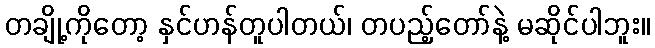
တချို့ကိုတော့ နှင်ဟန်တူပါတယ်၊ တပည့်တော်နဲ့ မဆိုင်ပါဘူး။